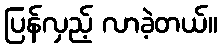
ပြန်လှည့် လာခဲ့တယ်။